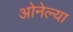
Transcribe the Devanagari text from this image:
ओनेल्या